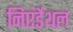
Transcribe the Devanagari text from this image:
निएंर्डेथल